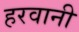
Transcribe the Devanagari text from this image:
हरवानी